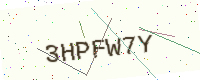
Text: 3HPFW7Y